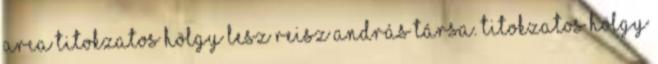
arca Ti­tok­za­tos hölgy lesz Reisz And­rás társa. Ti­tok­za­tos hölgy